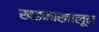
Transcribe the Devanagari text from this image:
खडकाखालून